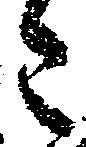
々